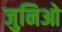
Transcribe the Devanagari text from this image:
जुनिओ